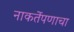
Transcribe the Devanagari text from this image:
नाकर्तेपणाचा